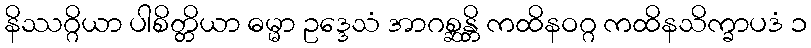
နိဿဂ္ဂိယာ ပါစိတ္တိယာ ဓမ္မာ ဥဒ္ဒေသံ အာဂစ္ဆန္တိ ကထိနဝဂ္ဂ ကထိနသိက္ခာပဒံ ၁